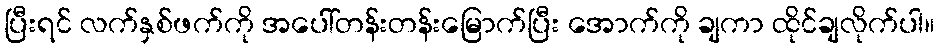
ပြီးရင် လက်နှစ်ဖက်ကို အပေါ်တန်းတန်းမြောက်ပြီး အောက်ကို ချကာ ထိုင်ချလိုက်ပါ။